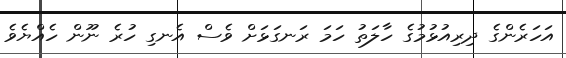
އަހަރެންގެ ދިރިއުޅުމުގެ ހާލަތު ހަމަ ރަނގަޅަށް ވެސް އެނގި ހުރެ ނޫން ހެއްޔެވެ